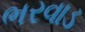
ભરવાડ